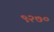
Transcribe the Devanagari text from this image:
९२७०